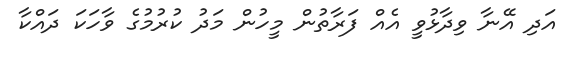
އަދި އޭނާ ވިދާޅުވީ އެއް ފަރާތުން މީހުން މަދު ކުރުމުގެ ވާހަކަ ދައްކާ